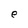
Character: e